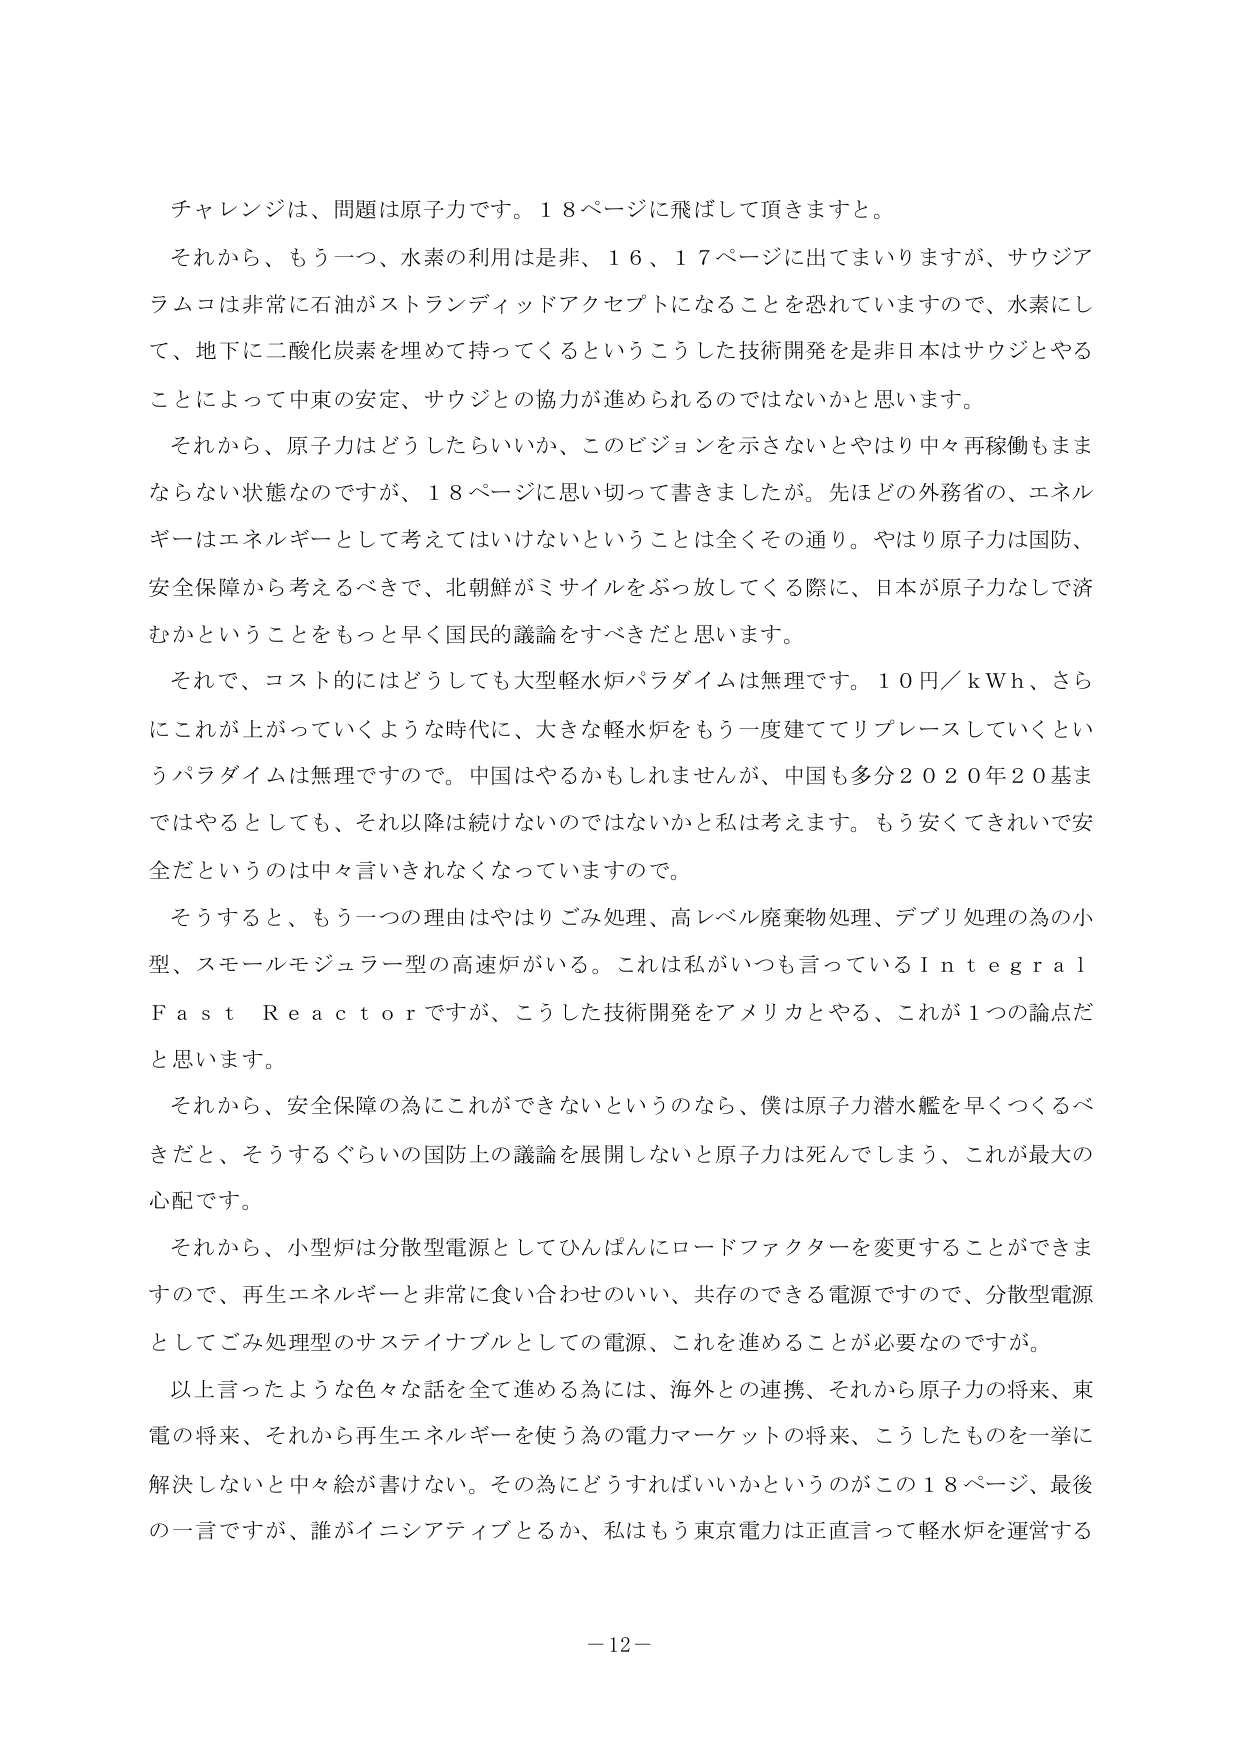
チャレンジは、問題は原子力です。１８ページに飛ばして頂きますと。

それから、もう一つ、水素の利用は是非、１６、１７ページに出てまいりますが、サウジアラムコは非常に石油がストランディッドアセットになることを恐れていますので、水素にして、地下に二酸化炭素を埋めて持ってくるというこうした技術開発を是非日本はサウジとやることによって中東の安定、サウジとの協力が進められるのではないかと思います。

それから、原子力はどうしたらいいか、このビジョンを示さないとやはり中々再稼働もままならない状態なのですが、１８ページに思い切って書きましたが。先ほどの外務省の、エネルギーはエネルギーとして考えてはいけないということは全くその通り。やはり原子力は国防、安全保障から考えるべきで、北朝鮮がミサイルをぶっ放してくる際に、日本が原子力なしで済むかということをもっと早く国民的議論をすべきだと思います。

それで、コスト的にはどうしても大型軽水炉パラダイムは無理です。１０円／ｋＷｈ、さらにこれが上がっていくような時代に、大きな軽水炉をもう一度建ててリプレースしていくというパラダイムは無理ですので。中国はやるかもしれませんが、中国も多分２０２０年２０基まではやるとしても、それ以降は続けないのではないかと私は考えます。もう安くてきれいで安全だというのは中々言いきれなくなっていますので。

そうすると、もう一つの理由はやはりごみ処理、高レベル廃棄物処理、デブリ処理の為の小型、スモールモジュラー型の高速炉がいる。これは私がいつも言っているＩｎｔｅｇｒａｌＦａｓｔＲｅａｃｔｏｒですが、こうした技術開発をアメリカとやる、これが１つの論点だと思います。

それから、安全保障の為にこれができないというのなら、僕は原子力潜水艦を早くつくるべきだと、そうするぐらいの国防上の議論を展開しないと原子力は死んでしまう、これが最大の心配です。

それから、小型炉は分散型電源としてひんぱんにロードファクターを変更することができますので、再生エネルギーと非常に食い合わせのいい、共存のできる電源ですので、分散型電源としてごみ処理型のサステイナブルとしての電源、これを進めることが必要なのですが。

以上言ったような色々な話を全て進める為には、海外との連携、それから原子力の将来、東電の将来、それから再生エネルギーを使う為の電力マーケットの将来、こうしたものを一挙に解決しないと中々絵が書けない。その為にどうすればいいかというのがこの１８ページ、最後の一言ですが、誰がイニシアティブとるか、私はもう東京電力は正直言って軽水炉を運営する

－１２－